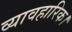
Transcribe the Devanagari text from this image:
व्यावहारिक।